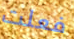
فعلت